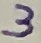
Text: 3